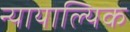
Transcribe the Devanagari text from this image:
न्यायाल्यिक